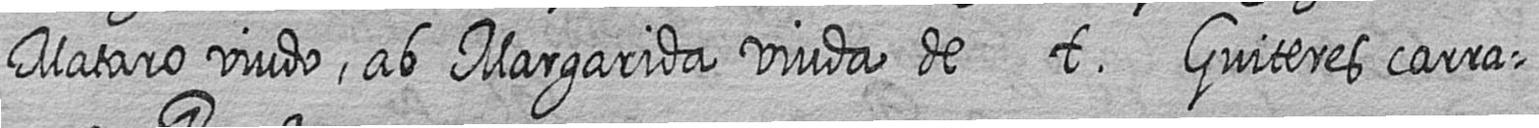
Mataro viudo ab Margarida viuda de t Guiteres carra=